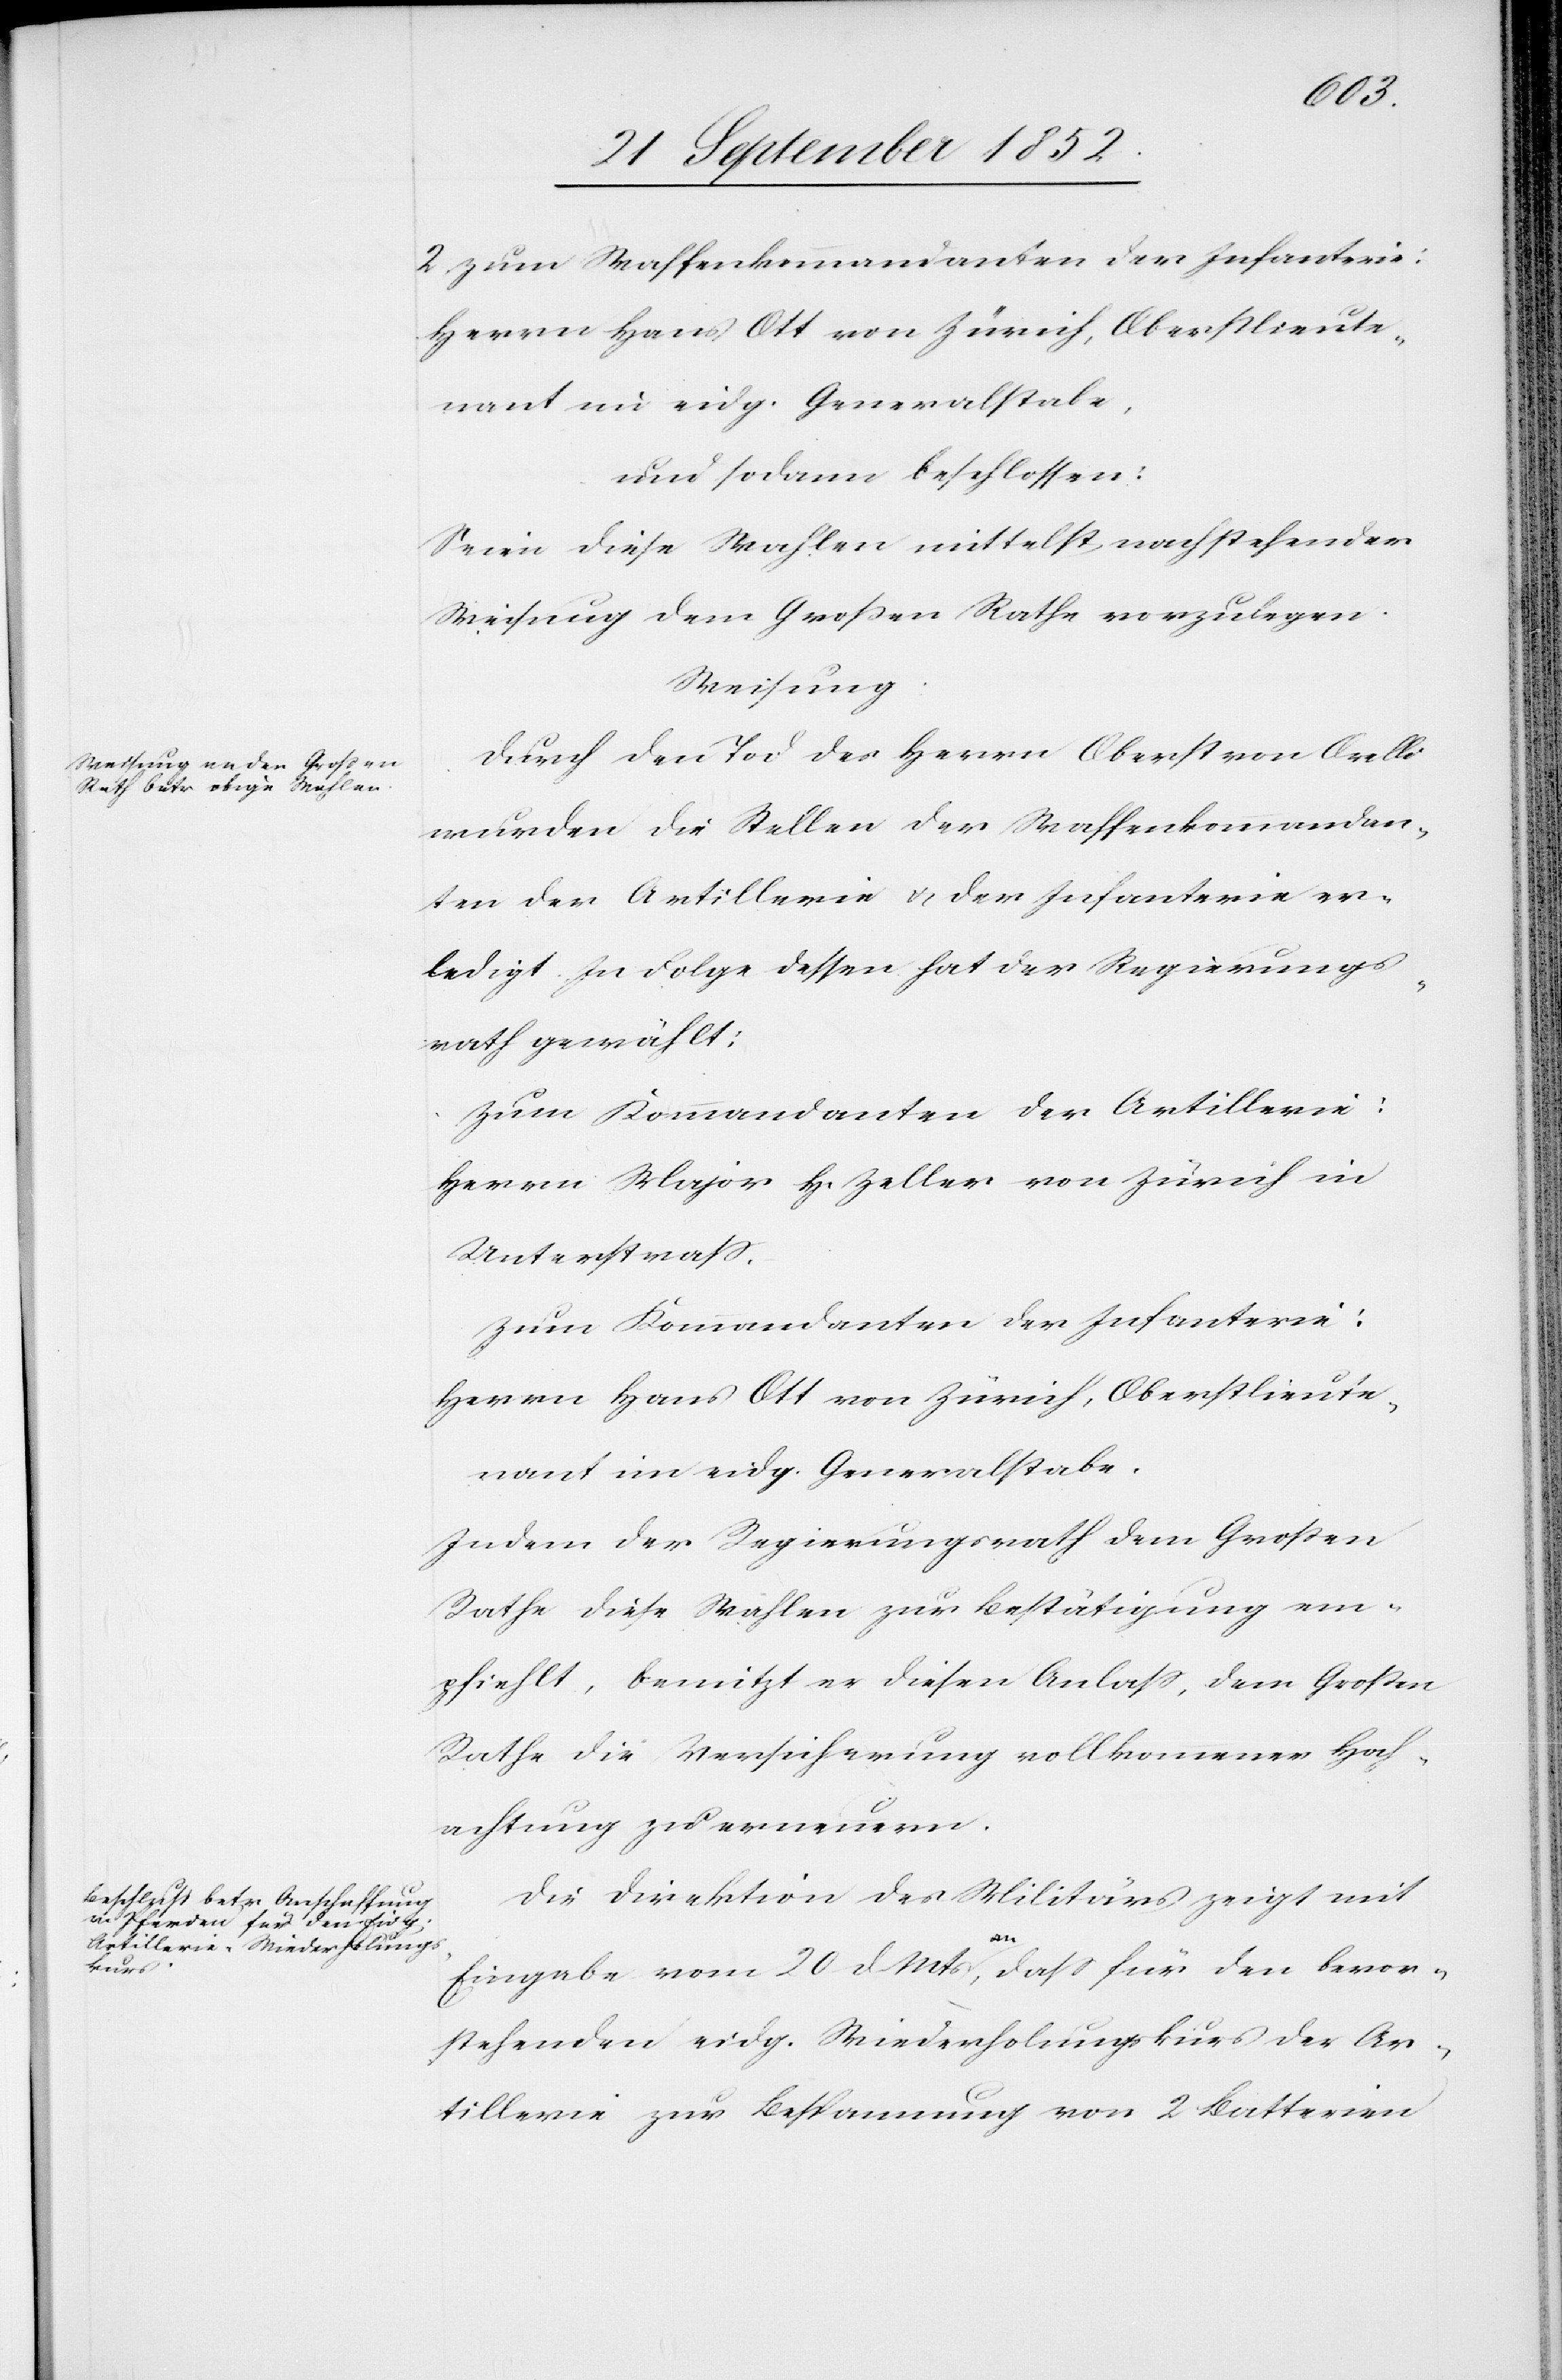
2. zum Waffenkommandanten der Infanterie:
Herrn Hans Ott von Zürich, Oberstlieute¬
und sodann beschlossen:
Seien diese Wahlen mittelst nachstehender
Weisung dem Großen Rathe vorzulegen.
Weisung.
Durch den Tod des Herrn Oberst von Orelli
wurden die Stellen der Waffenkommandan¬
ten der Artillerie & der Infanterie er¬
ledigt. In Folge dessen hat der Regierungs¬
rath gewählt:
Zum Kommandanten der Artillerie:
Herrn Major H. Zeller von Zürich in
Unterstrass.
Zum Kommandanten der Infanterie:
nant im eidg. Generalstabe.
Indem der Regierungsrath dem Großen
Rathe diese Wahlen zur Bestätigung em¬
pfiehlt, benutzt er diesen Anlass, dem Großen
Rathe die Versicherung vollkommener Hoch¬
achtung zu erneuern.
Die Direktion des Militärs zeigt mit
Eingabe vom 20 d. Mts an, dass für den bevor¬
stehenden eidg. Wiederholungskurs der Ar¬
tillerie zur Bespannung von 2 Batterien